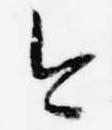
今